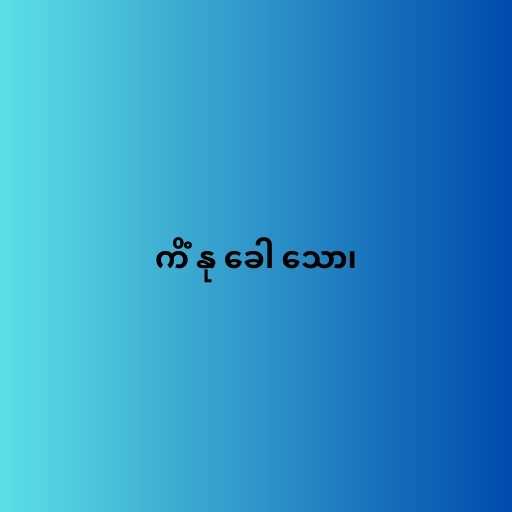
ကိံ နု ခေါ သော၊